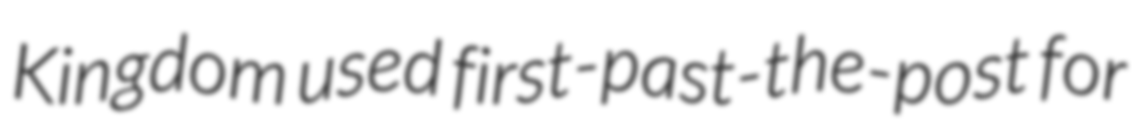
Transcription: Kingdom used first-past-the-post for